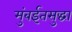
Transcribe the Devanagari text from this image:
मुंबईतसुद्धा